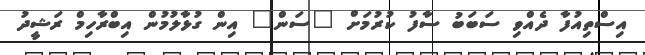
އިސްތިއުފާ ދެއްވި ސަބަބު ސާފު ކުރުމަށް "ސަން" އިން ގުޅާލުމުން އިބްރާހިމް ރަޝީދު